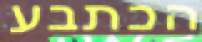
הכתבע